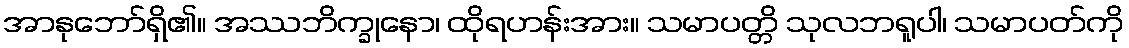
အာနုဘော်ရှိ၏။ အဿဘိက္ခုနော၊ ထိုရဟန်းအား။ သမာပတ္တိ သုလဘရူပါ၊ သမာပတ်ကို